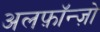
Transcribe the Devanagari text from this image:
अलफ़ॉन्ज़ो